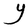
Character: Y